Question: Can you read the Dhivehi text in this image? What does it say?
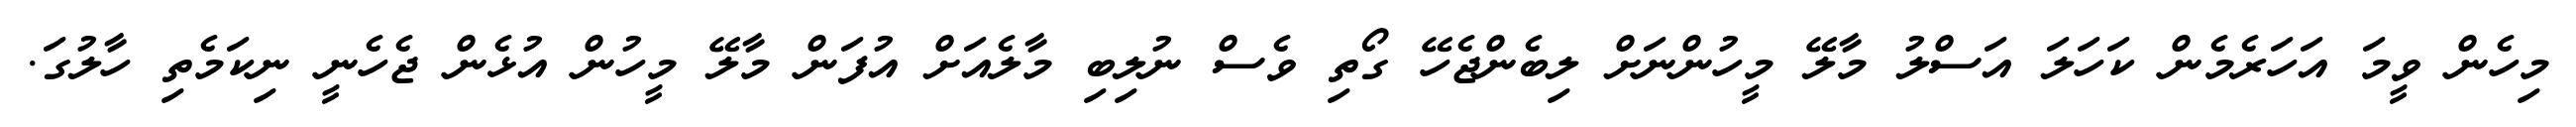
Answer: މިހެން ވީމަ އަހަރެމެން ކަހަލަ އަސްލު މާލޭ މީހުންނަށް ލިބެންޖެހޭ ގޯތި ވެސް ނުލިބި މާލެއަށް އުފަން މާލޭ މީހުން އުޅެން ޖެހެނީ ނިކަމެތި ހާލުގަ.